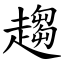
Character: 趨